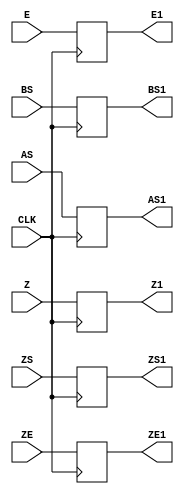
`timescale 1ns / 1ps
//////////////////////////////////////////////////////////////////////////////////
// Company: 
// Engineer: 
// 
// Design Name: 
// Module Name:    buf6 
// Project Name: 
// Target Devices: 
// Tool versions: 
// Description: 
//
// Dependencies: 
//
// Revision: 
// Revision 0.01 - File Created
// Additional Comments: 
//
//////////////////////////////////////////////////////////////////////////////////
module buf6(
    input CLK,
    input AS,
    input BS,
    input E,
    input [23:0] Z,
    input [7:0] ZE,
    input ZS,
    output reg AS1,
    output reg BS1,
    output reg E1,
    output reg [23:0] Z1,
    output reg [7:0] ZE1,
    output reg ZS1
    );

always @(posedge CLK) begin
AS1<=AS;
BS1<=BS;
E1<=E;
Z1<=Z;
ZE1<=ZE;
ZS1<=ZS;
end
endmodule